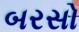
બરસો